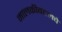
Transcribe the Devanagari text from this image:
मालकीबद्दलचे